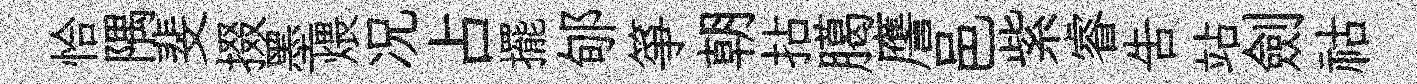
恰隅斐掇墨煨况占擺郇箏朝拈臈譍邑紫睿告站劍祜